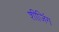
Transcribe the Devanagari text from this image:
शीजिंग